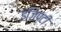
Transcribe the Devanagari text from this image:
इजिप्टी